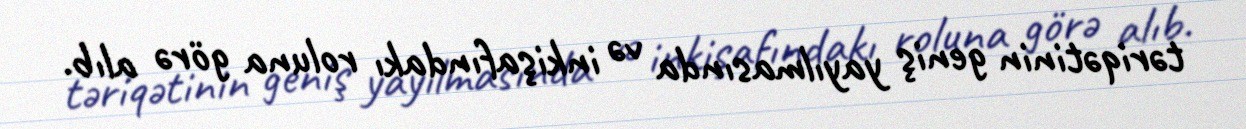
təriqətinin geniş yayılmasında və inkişafındakı roluna görə alıb.